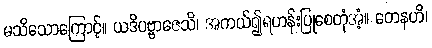
မသိသောကြောင့်။ ယဒိပဗ္ဗာဇေသိ၊ အကယ်၍ရဟန်းပြုစေတုံအံ့။ တေနဟိ၊